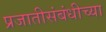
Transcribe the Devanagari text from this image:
प्रजातीसंबंधीच्या